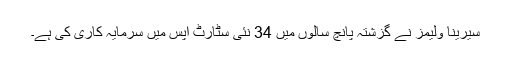
سیرینا ولیمز نے گزشتہ پانچ سالوں میں 34 نئی سٹارٹ اپس میں سرمایہ کاری کی ہے۔